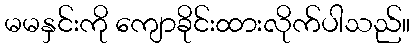
မမနှင်းကို ကျောခိုင်းထားလိုက်ပါသည်။